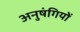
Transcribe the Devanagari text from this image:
अनुषंगियों